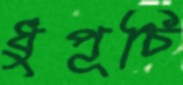
ধুপূচি